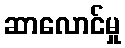
ဆာလောင်မှု